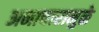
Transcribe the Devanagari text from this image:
अनाचारामुळे